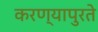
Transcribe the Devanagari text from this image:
करण्यापुरते